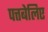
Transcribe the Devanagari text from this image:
पत्तबेलिए